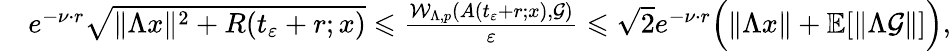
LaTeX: \begin{array}{r}{\quad e^{-\nu\cdot r}\sqrt{\| \Lambda x\| ^{2}+R(t_{\varepsilon}+r;x)}\leqslant\frac{\mathcal{W}_{\Lambda,p}(A(t_{\varepsilon}+r;x),\mathcal{G})}{\varepsilon}\leqslant{\sqrt{2}}e^{-\nu\cdot r}\Big(\| \Lambda x\| +\mathbb{E}[\| \Lambda\mathcal{G}\| ]\Big),}\end{array}